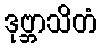
ဒုဗ္ဘာသိတံ